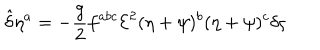
LaTeX: { \hat { \delta } } \eta ^ { a } = - \frac { g } { 2 } f ^ { a b c } { \mathcal { E } } ^ { 2 } ( \eta + \psi ) ^ { b } ( \eta + \psi ) ^ { c } \delta \varsigma